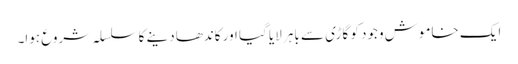
ایک خاموش وجود کو گاڑی سے باہر لایا گیا اور کاندھا دینے کا سلسلہ شروع ہوا۔